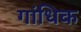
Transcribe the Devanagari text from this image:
गांधिक